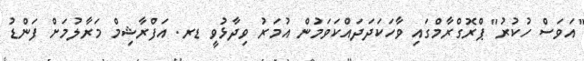
"އަވަސް ހުކުރު" ޕްރޮގްރާމްގައި ވާހަކަދަދައްކަވަމުން އުމަރު ވިދާޅުވީ ޑރ. އަފްރާޝިމް މަރާލުމަށް ފަންޑު